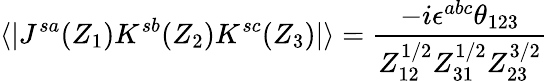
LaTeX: \langle|J^{sa}(Z_{1})K^{sb}(Z_{2})K^{sc}(Z_{3})|\rangle=\frac{-i\epsilon^{abc}\theta_{123}}{Z_{12}^{1/2}Z_{31}^{1/2}Z_{23}^{3/2}}